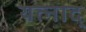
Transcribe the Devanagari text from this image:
यत्नाद्